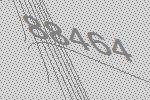
88464